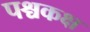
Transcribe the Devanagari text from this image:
पश्चकक्ष